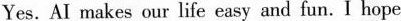
Yes. AI makes our life easy and fun.I hope